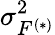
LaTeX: \sigma_{F^{(*)}}^{2}